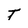
Character: T